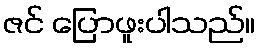
ဇင် ပြောဖူးပါသည်။